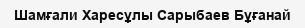
Шамғали Харесұлы Сарыбаев Бұғанай